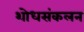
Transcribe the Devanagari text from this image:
शोधसंकलन